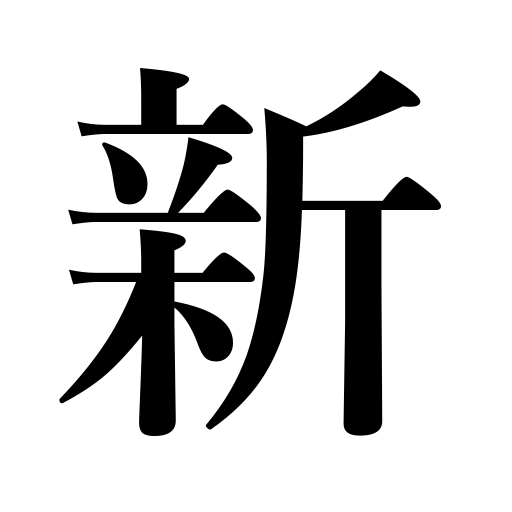
Meanings: neo,new,fresh,novelty,novel,newness,recent,modern